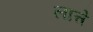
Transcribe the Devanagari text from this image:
लात्ते